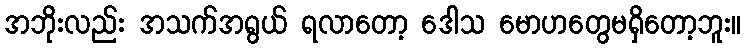
အဘိုးလည်း အသက်အရွယ် ရလာတော့ ဒေါသ မောဟတွေမရှိတော့ဘူး။